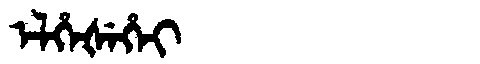
Manchu: ᡝᠯᡥᡝᡧᡝᡥᡝᡳ
Romanization: ELHEŠEHEI